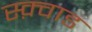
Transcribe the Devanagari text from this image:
स्क़्वाड